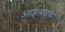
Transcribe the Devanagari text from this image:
आईलाइफ